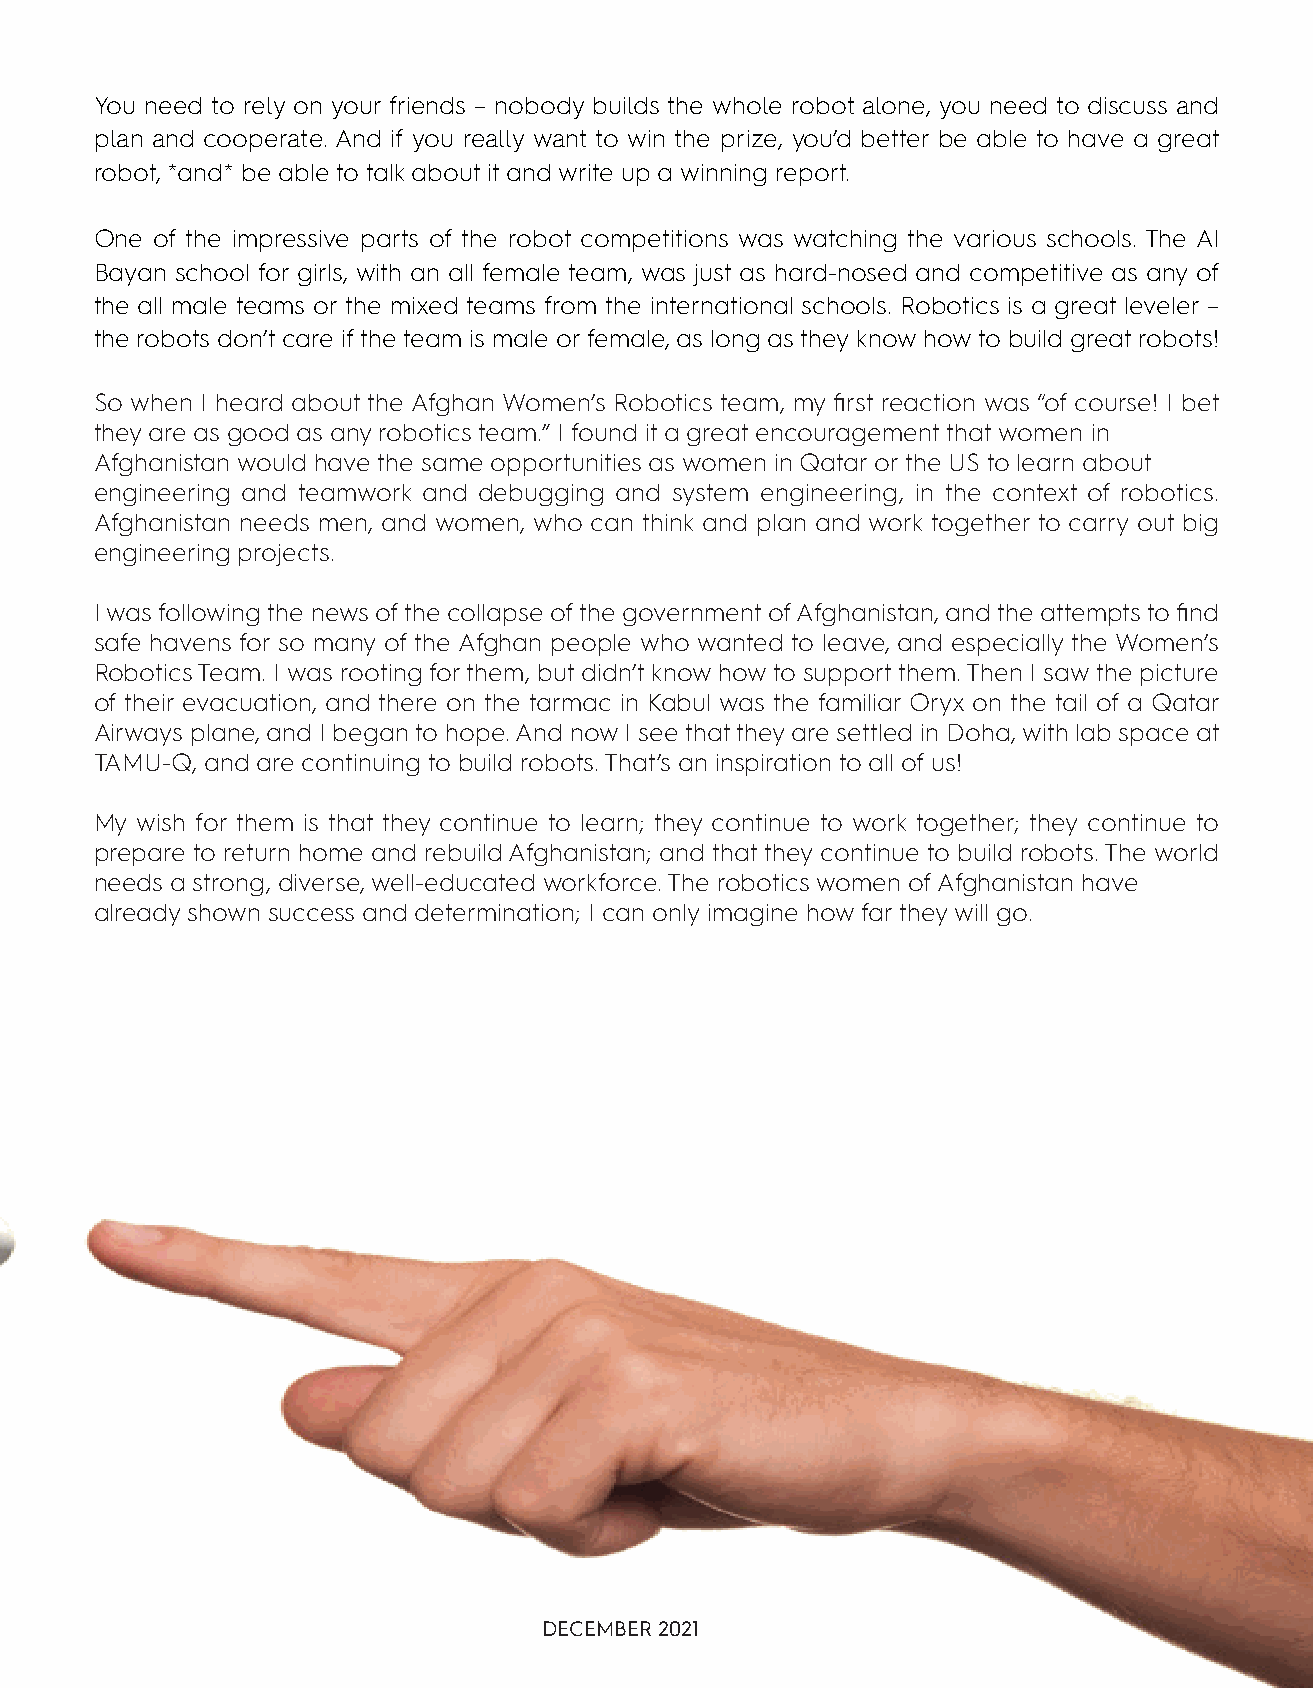
You need to rely on your friends – nobody builds the whole robot alone, you need to discuss and
 plan and cooperate. And if you really want to win the prize, you’d better be able to have a great
 robot, *and* be able to talk about it and write up a winning report.
 One of the impressive parts of the robot competitions was watching the various schools. The Al
 Bayan school for girls, with an all female team, was just as hard-nosed and competitive as any of
 the all male teams or the mixed teams from the international schools. Robotics is a great leveler –
 the robots don’t care if the team is male or female, as long as they know how to build great robots!
 So when I heard about the Afghan Women’s Robotics team, my first reaction was “of course! I bet
 they are as good as any robotics team.” I found it a great encouragement that women in
 Afghanistan would have the same opportunities as women in Qatar or the US to learn about
 engineering and teamwork and debugging and system engineering, in the context of robotics.
 Afghanistan needs men, and women, who can think and plan and work together to carry out big
 engineering projects.
 I was following the news of the collapse of the government of Afghanistan, and the attempts to find
 safe havens for so many of the Afghan people who wanted to leave, and especially the Women’s
 Robotics Team. I was rooting for them, but didn’t know how to support them. Then I saw the picture
 of their evacuation, and there on the tarmac in Kabul was the familiar Oryx on the tail of a Qatar
 Airways plane, and I began to hope. And now I see that they are settled in Doha, with lab space at
 TAMU-Q, and are continuing to build robots. That’s an inspiration to all of us!
 My wish for them is that they continue to learn; they continue to work together; they continue to
 prepare to return home and rebuild Afghanistan; and that they continue to build robots. The world
 needs a strong, diverse, well-educated workforce. The robotics women of Afghanistan have
 already shown success and determination; I can only imagine how far they will go.
 DECEMBER 2021